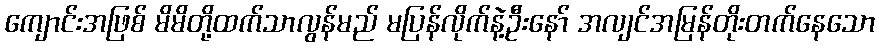
ကျောင်းအဖြစ် မိမိတို့ထက်သာလွန်မည် မပြန်လိုက်နဲ့ဦးနော် အလျင်အမြန်တိုးတက်နေသော